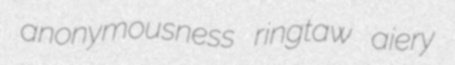
anonymousness ringtaw aiery